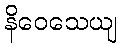
နိဝေသေယျ